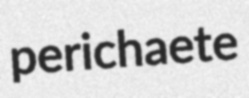
perichaete